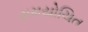
સમયોચિત